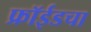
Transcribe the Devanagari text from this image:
फ्रॉईडचा